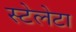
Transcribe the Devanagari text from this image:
स्टेलेटा